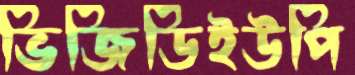
ভিজিডিইউপি